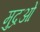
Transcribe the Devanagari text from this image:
मुद्रओं